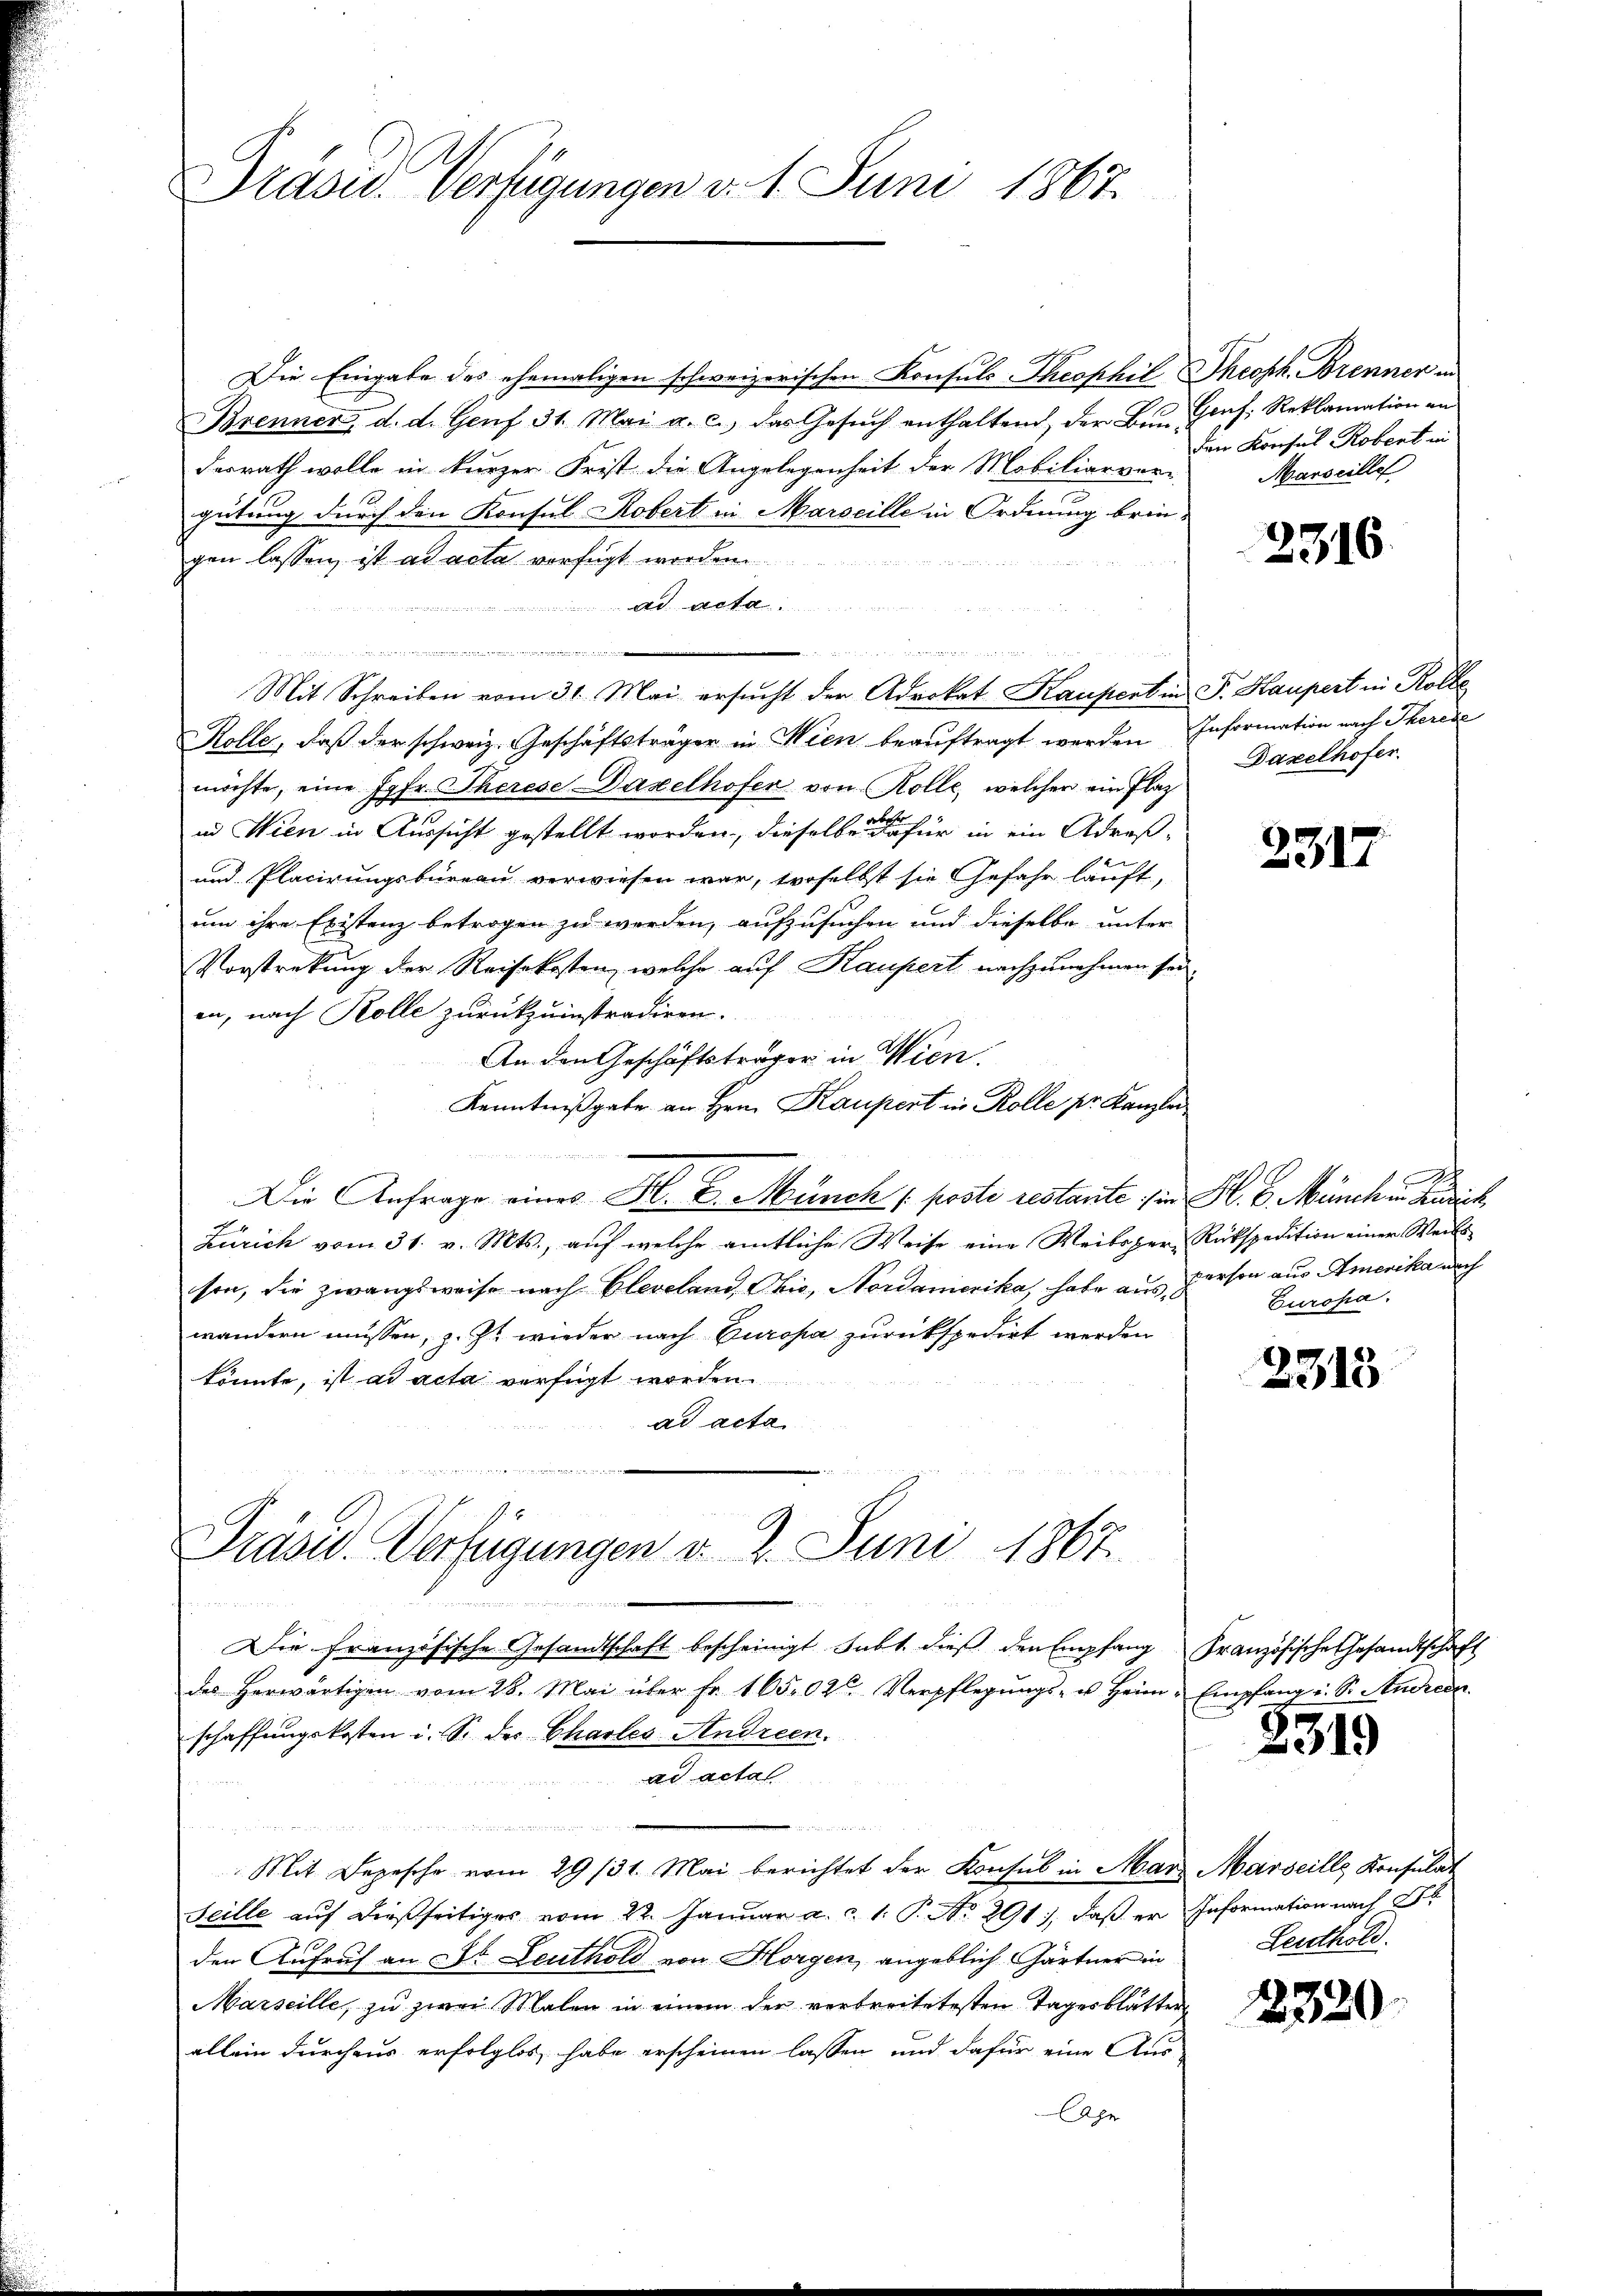
Präsid. Verfügungen d. 1. Juni 1867.

Die Eingabe des ehemaligen schweizerischen Konsuls Theophil Theoph. Brenner in
Brenner, d. d. Genf 31. Mai a. c. das Gesŭch enthaltend, der Bern Einf. Reklamation an
desrath wolle in kurzer Frist die Angelegenheit der Mobiliarver-
gütung durch den Konsul Robert in Marseille in Ordnung brin-
gen lassen, ist ad acta verfügt worden.
Ad Acta
nen wissenen
Mit Schreiben vom 31. Mai ersucht der Advokat Kaupert in P. Haupert in Rolle
Kolle, daß der schweiz. Geschäftsträger in Wien beauftragt werden Information nach Therede
möchte, eine Jgfr. Therese Dazelhofer von Kolle, welcher ein Flaz
in Wien in Aussicht gestellt worden, dieselben die für in ein Adres¬
und Placirungsbureau verwiesen war, woselbst sie Gefahr lauft,
um ihre Existenz betrogen zu werden, aufzusuchen und dieselbe unter
Vorstreckung der Reisekosten, welche auf Kaupert nachzunehmen sei.
en, nach Kolle zurückzuinstradiren.
An den Geschäftsträger in Wien.
Kenntnißgabe an Hrn. Kaupert in Rolle pr. Kanzler
Die Anfrage eines H. v. Münch (poste restante von H. E. Münch in Zusick
Zürich vom 31. v. Mts., auf welche amtliche Weise eine Weibsper-Rükspedition einer Weils
son, die zwangsweise nach Cleveland, Ohio, Nordamerika, habe aus, person aus Amerika nach
wandern müssen, z. Zt. wieder nach Europa zurückspedirt werden
könnte, ist ad acta verfügt worden.
ad acta

Präsid. Verfügungen v. 2. Juni 1867

Die Französische Gesandtschaft bescheinigt subt. dieß den Empfang Französische Gesandtschaft
des herwärtigen vom 28. Mai über Fr. 16502 Verpflegŭngs- u. Heim Empfang u. Sr. Andreen
schaffungskosten i. S. des Chartes Andreen.
ad acta
rären.
Mit Depesche vom 29/31. Mai berichtet der Konsul in Mar. Marseille Konsulat
Seille aŭf dießseitiges vom 22. Januar a. c. 1. P. No. 291. daβ er Information nach de
den Aufruf an 28. Leuthold von Horgen, angeblich Gärtner in
Marseille, zu zwei Malen in einem der verbreitetesten Tagesblätter
allein durchaus erfolglos habe erscheinen lassen und dafür eine Aus-
Ahe

den Konsul Robert in
Marseille

2316.

Daxelhofer

2317

t
Europa.

2315

2319

Leuthold.

2320